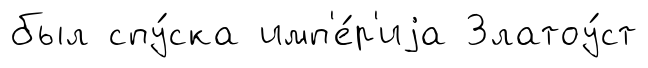
был спу́ска имп'е́р'иjа Златоу́ст